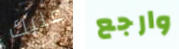
عليك وارجع